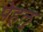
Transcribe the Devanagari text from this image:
पेहलु